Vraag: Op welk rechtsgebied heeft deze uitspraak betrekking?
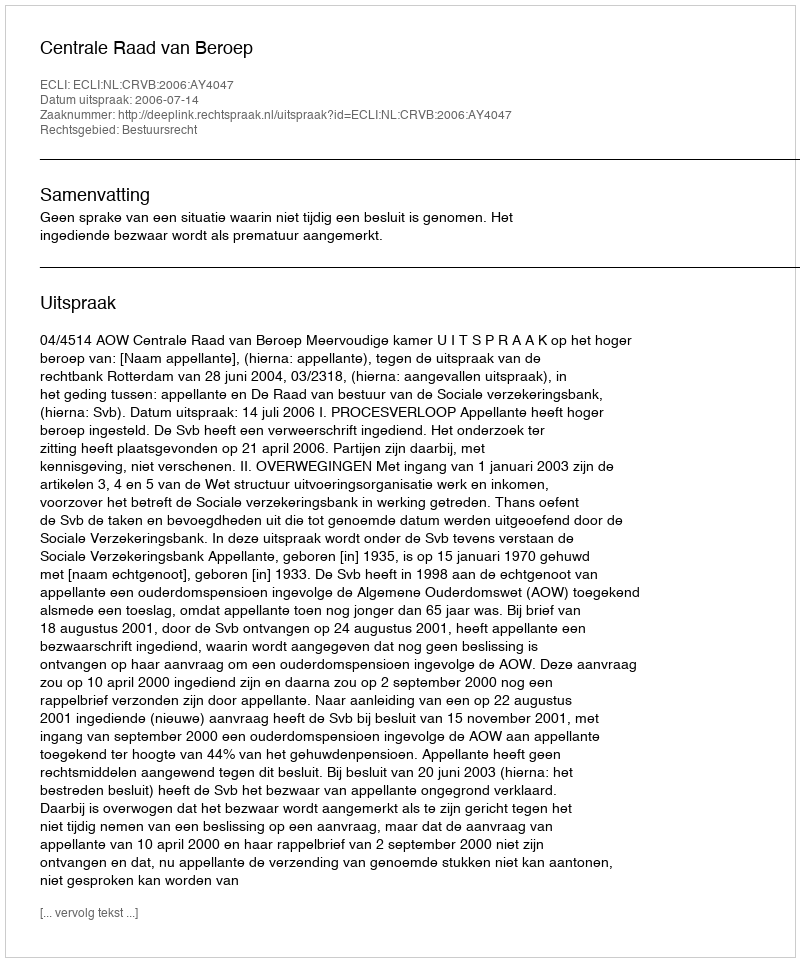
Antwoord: Bestuursrecht